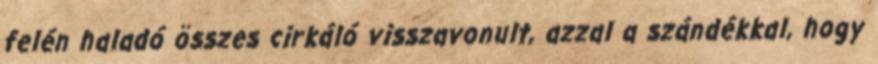
felén haladó összes cirkáló visszavonult, azzal a szándékkal, hogy